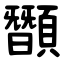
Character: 䫬